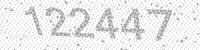
Solution: 122447